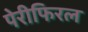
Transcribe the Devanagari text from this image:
पेरीफिरल